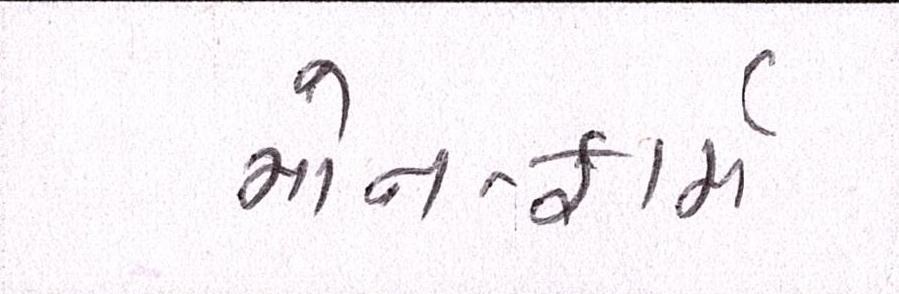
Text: નોન-ફાર્મ